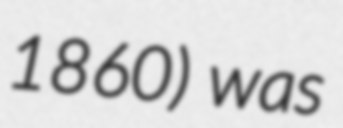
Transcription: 1860) was